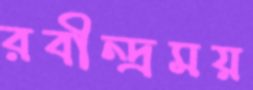
রবীন্দ্রময়